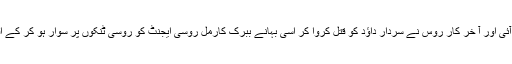
یہ چیز روس کو پسند نہ آئی اور آ خر کار روس نے سردار داؤد کو قتل کروا کر اسی بہانے ببرک کارمل روسی ایجنٹ کو روسی ٹنکوں پر سوار ہو کر کے افغانستان پر قبضہ کر لیا۔